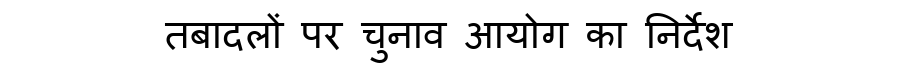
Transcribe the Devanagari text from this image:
तबादलों पर चुनाव आयोग का निर्देश